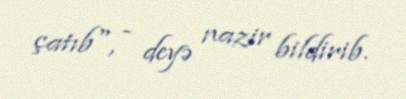
çatıb", - deyə nazir bildirib.